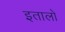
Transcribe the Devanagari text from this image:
इतालो